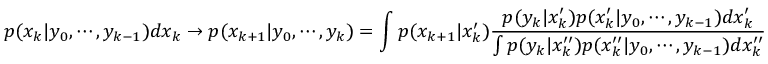
p ( x _ { k } | y _ { 0 } , \cdots , y _ { k - 1 } ) d x _ { k } \to p ( x _ { k + 1 } | y _ { 0 } , \cdots , y _ { k } ) = \int p ( x _ { k + 1 } | x _ { k } ^ { \prime } ) { \frac { p ( y _ { k } | x _ { k } ^ { \prime } ) p ( x _ { k } ^ { \prime } | y _ { 0 } , \cdots , y _ { k - 1 } ) d x _ { k } ^ { \prime } } { \int p ( y _ { k } | x _ { k } ^ { \prime \prime } ) p ( x _ { k } ^ { \prime \prime } | y _ { 0 } , \cdots , y _ { k - 1 } ) d x _ { k } ^ { \prime \prime } } }